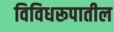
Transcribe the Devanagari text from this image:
विविधरूपातील